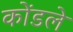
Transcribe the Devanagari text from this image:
कोंडले